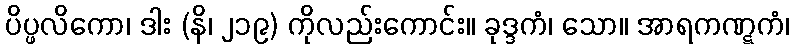
ပိပ္ဖလိကော၊ ဒါး (နိ၊ ၂၁၉) ကိုလည်းကောင်း။ ခုဒ္ဒကံ၊ သော။ အာရကဏ္ဋကံ၊